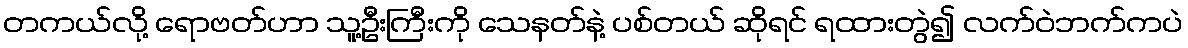
တကယ်လို့ ရောဗတ်ဟာ သူ့ဦးကြီးကို သေနတ်နဲ့ ပစ်တယ် ဆိုရင် ရထားတွဲ၍ လက်ဝဲဘက်ကပဲ